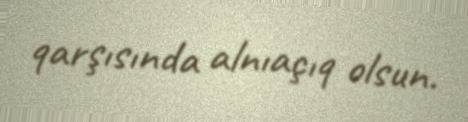
qarşısında alnıaçıq olsun.